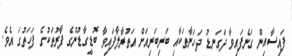
ފައިސާއިން ގަނެފައިވާ ދަގަނޑު ދަހަނާތަކާއި ބަރިބަރިއަށް އަތުރާލާފައިވާ ބޮޑީގާޑުންގެ ފާރުތަކުގެ ފަހަތުގަ އެވެ.